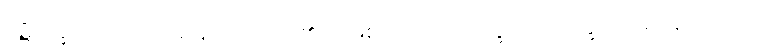
ပဋိပက္ခဘာဝတော၊ ဆန့်ကျင်ဘက်၏ အဖြစ်ကြောင့်။ ဝိက္ခေပေါ၊ ဝိက္ခေပသည်။ န၊ မဟုတ်။